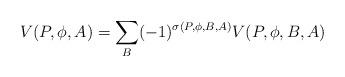
LaTeX: \begin{align*}V(P, \phi, A) = \sum_{B} (-1)^{\sigma(P, \phi, B, A)} V(P, \phi, B, A)\\\end{align*}